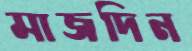
মাজদিন